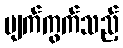
ပျက်ကွက်သည့်